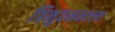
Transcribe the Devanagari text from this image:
त्रिभुवनमल्‍ला